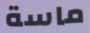
ماسة